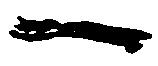
一